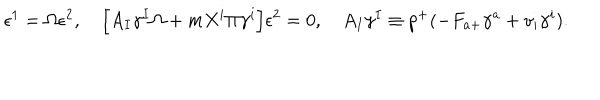
\epsilon ^ { 1 } = \Omega \epsilon ^ { 2 } , \quad \Big [ A _ { I } \gamma ^ { I } \Omega + m X ^ { i } \Pi \gamma ^ { i } \Big ] \epsilon ^ { 2 } = 0 , \quad A _ { I } \gamma ^ { I } \equiv p ^ { + } ( - F _ { a + } \gamma ^ { a } + v _ { i } \gamma ^ { i } ) .